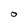
Character: 0